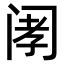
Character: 𫔲